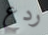
ردع